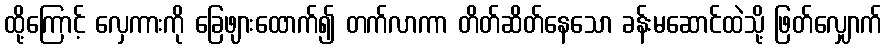
ထို့ကြောင့် လှေကားကို ခြေဖျားထောက်၍ တက်လာကာ တိတ်ဆိတ်နေသော ခန်းမဆောင်ထဲသို့ ဖြတ်လျှောက်